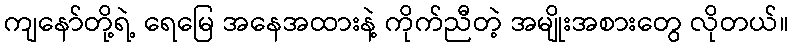
ကျနော်တို့ရဲ့ ရေမြေ အနေအထားနဲ့ ကိုက်ညီတဲ့ အမျိုးအစားတွေ လိုတယ်။